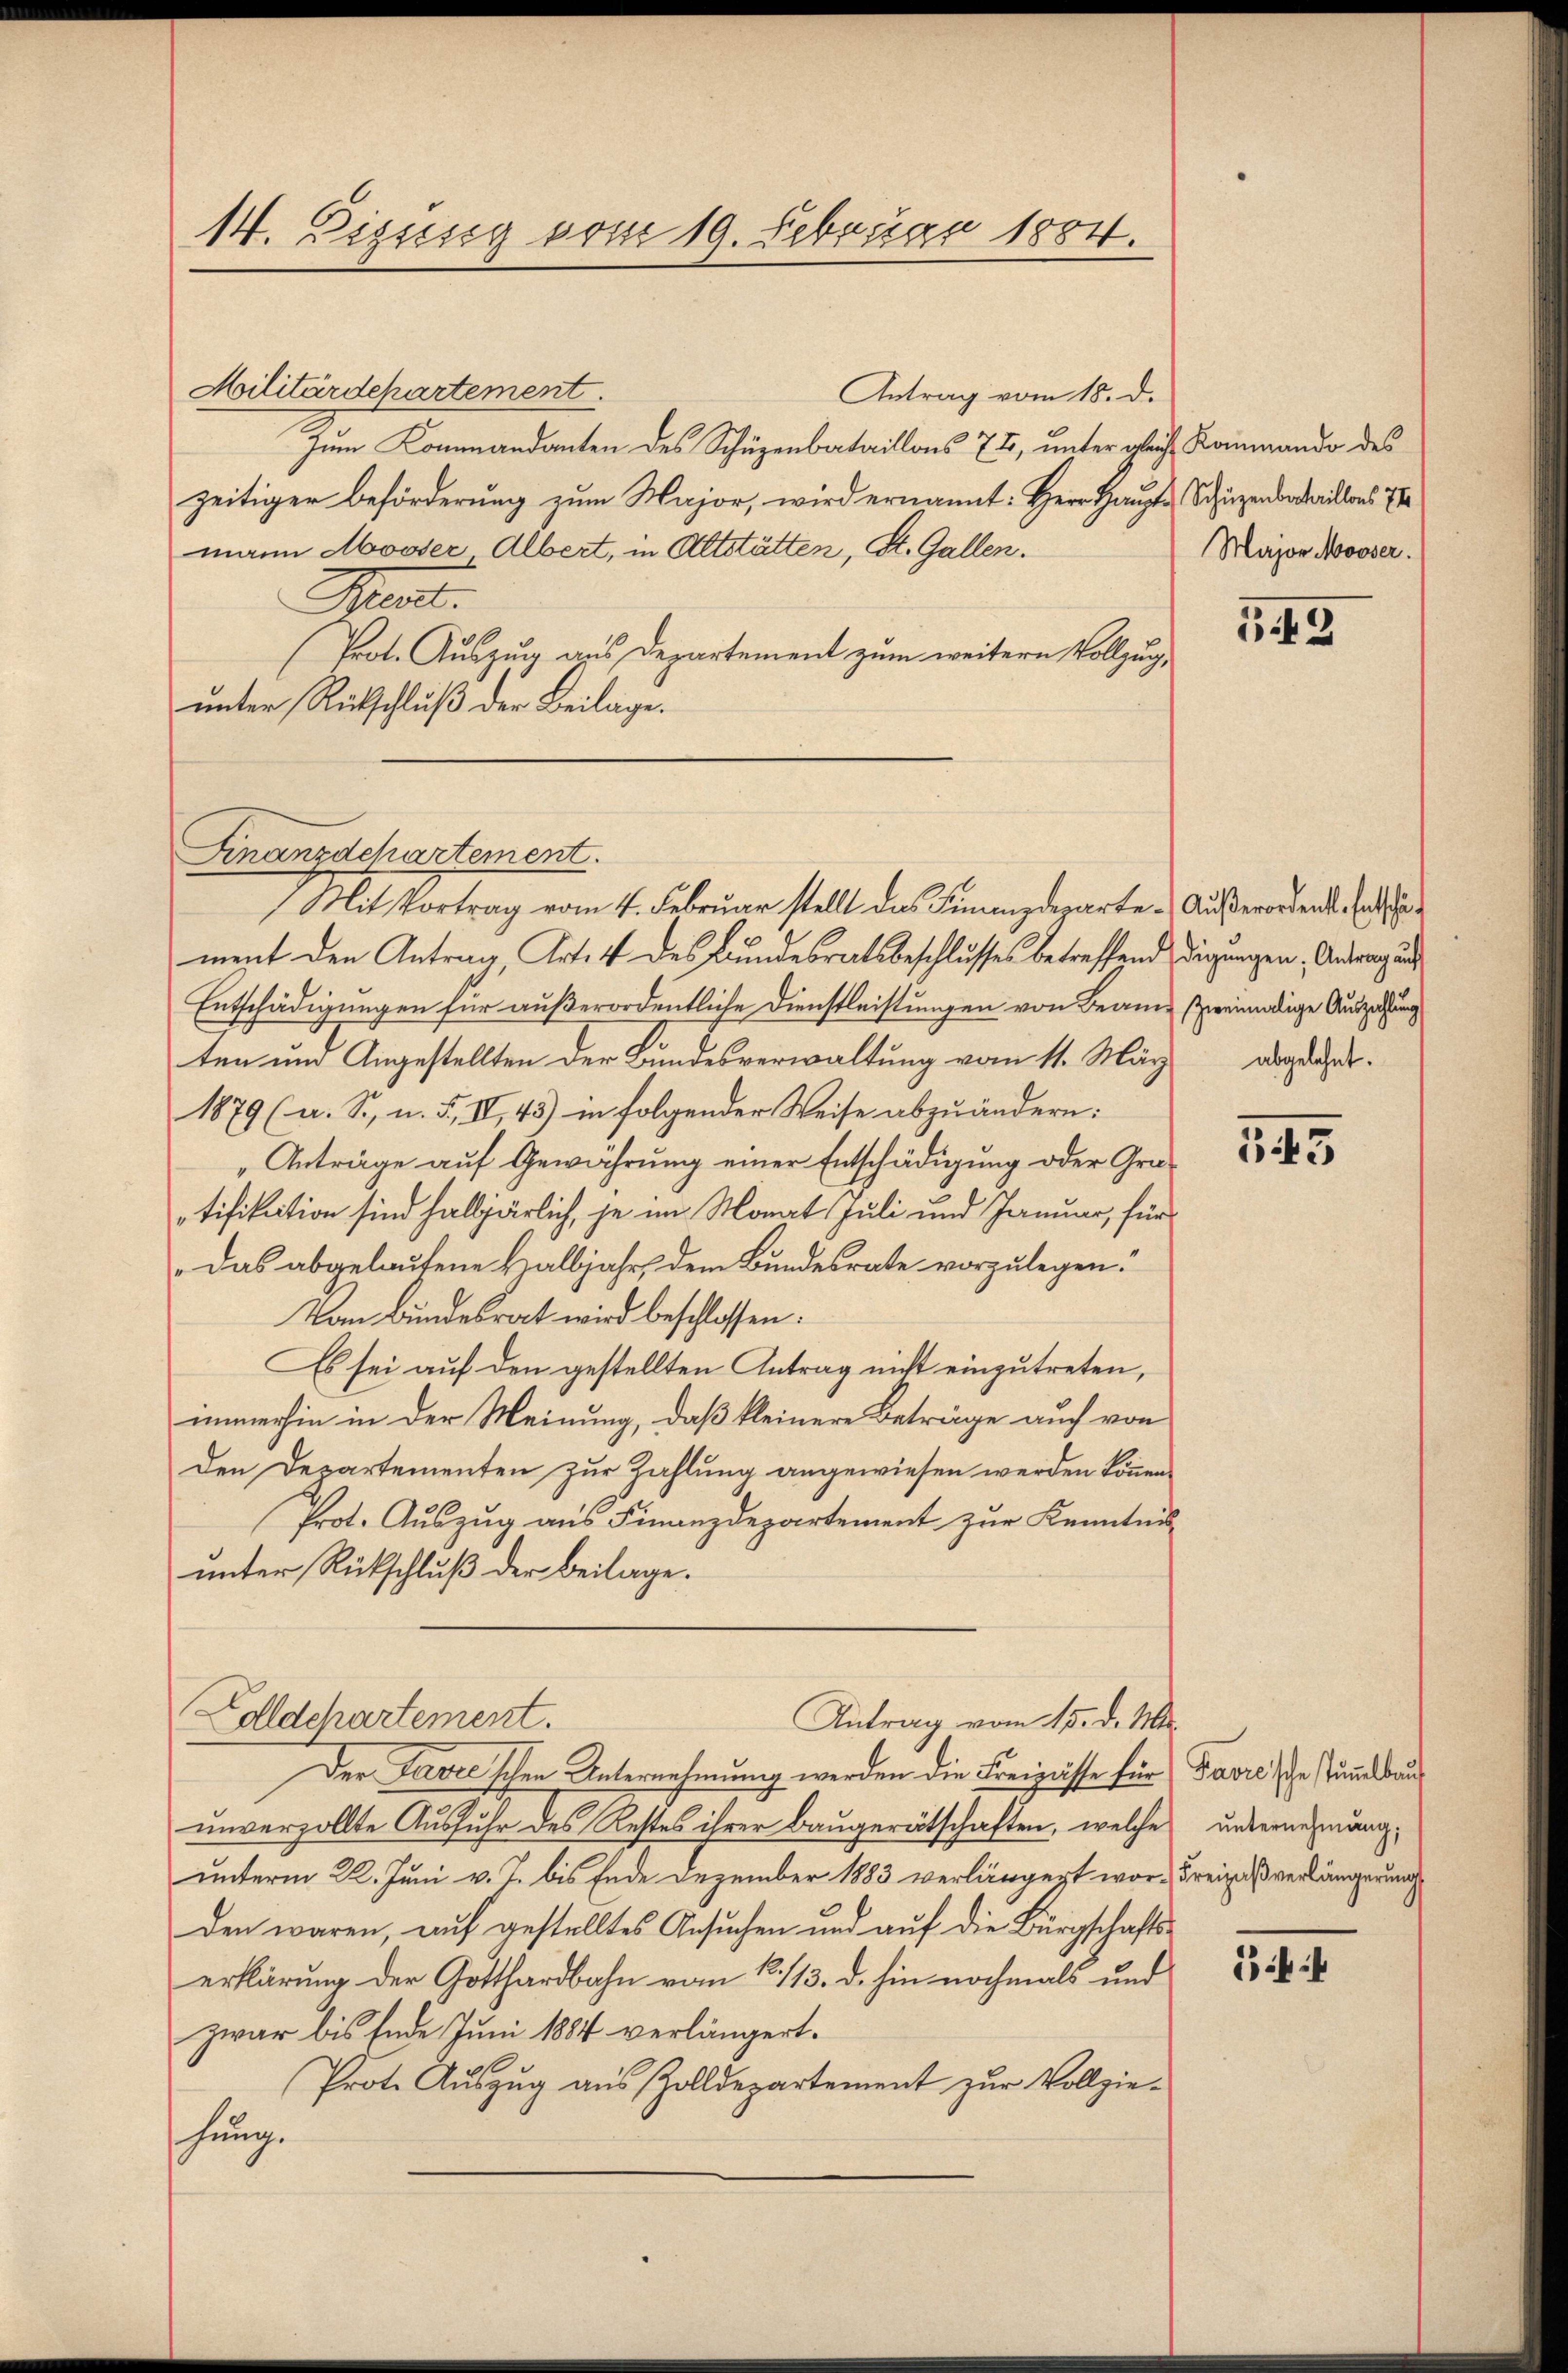
14. Zizisig vom 19. Februar 1884.

Militärdepartement.
Antrag vom 18. d.
Zum Kommandanten des Schüzenbataillons 77, unter gleiche Kommando des
zeitiger Beförderung zum Major, wird ernannt: Herr Haupts Schüzenbataillons 7
mann Mooser Albert, in Altstätten, St. Gallen.
Mart.
Prot. Auszug aus Departement zum weitern Vollzug,
unter Rückschluß der Beilage.

Finanzdepartement.

Mit Vortrag vom 4. Februar stellt das Finanzdeparte Außerorden, Ende
ment den Antrag Art. 4 des Bundesratsbeschlusses betreffend
Entschädigungen für außerordentliche Dienstleistungen von Beamten um Angestellten der Bundesverwaltung vom 11. März
1879 (a. S. u. 5, IV, 45) in folgender Weise abzuändern:
Anträge auf Gewährung einer Entschädigung oder Gratifikation sind halbjärlich, je im Monat Juli und Januar, für
Das abgelaufene Halbjahr, dem Bundesrate vorzulegen.
Vom Bundesrat wird beschlossen:
Es sei auf den gestellten Antrag nicht einzutreten,
immerhin in der Meinung, daß kleinere Beträge auch von
Den Departementen zur Zahlung angewiesen werden können.
frot. Auszug aus Finanzdepartement zur Kenntnis
unter Rückschluß der Beilage.
Colldepartement.
Antrag vom 15. d. Mts.
Der Tavee’schen Unternehmung werden die Freizässe für Favre de sammelbau
unverzollte Ausfuhr des Restes ihrer Baugerätschaften, welche
unterm 22. Juni v. J. bis Ende Dezember 1883 verlängert worden waren, auf gestelltes Ansuchen und auf die Bürgschafts-
erklärung der Gotthardbahn vom 12./13. d. hin nochmals und
zwar bis Ende Juni 1884 verlängert.
Prote Auszug aus Zolldepartement zur Vollziehung.

Major Mooser.

55

digungen; Antrag auf
zweimalige Auszahlung
abgelehnt.

345

unternehmung;
Freizaßverlängerung

i